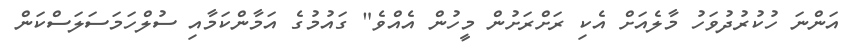
އަންނަ ހުކުރުދުވަހު މާލެއަށް އެކި ރަށްރަށުން މީހުން އެއްވެ" ގައުމުގެ އަމާންކަމާއި ސުލްހަމަސަލަސްކަން